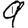
Digit: 9